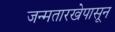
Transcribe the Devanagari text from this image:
जन्मतारखेपासून